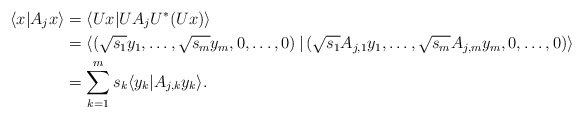
\begin{align*} \langle x| A_j x\rangle & = \langle Ux| UA_j U^* (Ux)\rangle\\ & = \left\langle \left(\sqrt{s_1} y_1, \dots, \sqrt{s_m} y_m, 0, \dots, 0\right)| \left(\sqrt{s_1} A_{j, 1} y_1, \dots, \sqrt{s_m} A_{j, m} y_m, 0, \dots, 0\right)\right\rangle \\ & = \sum\limits_{k=1}^m s_k \langle y_k | A_{j, k} y_k\rangle.\end{align*}